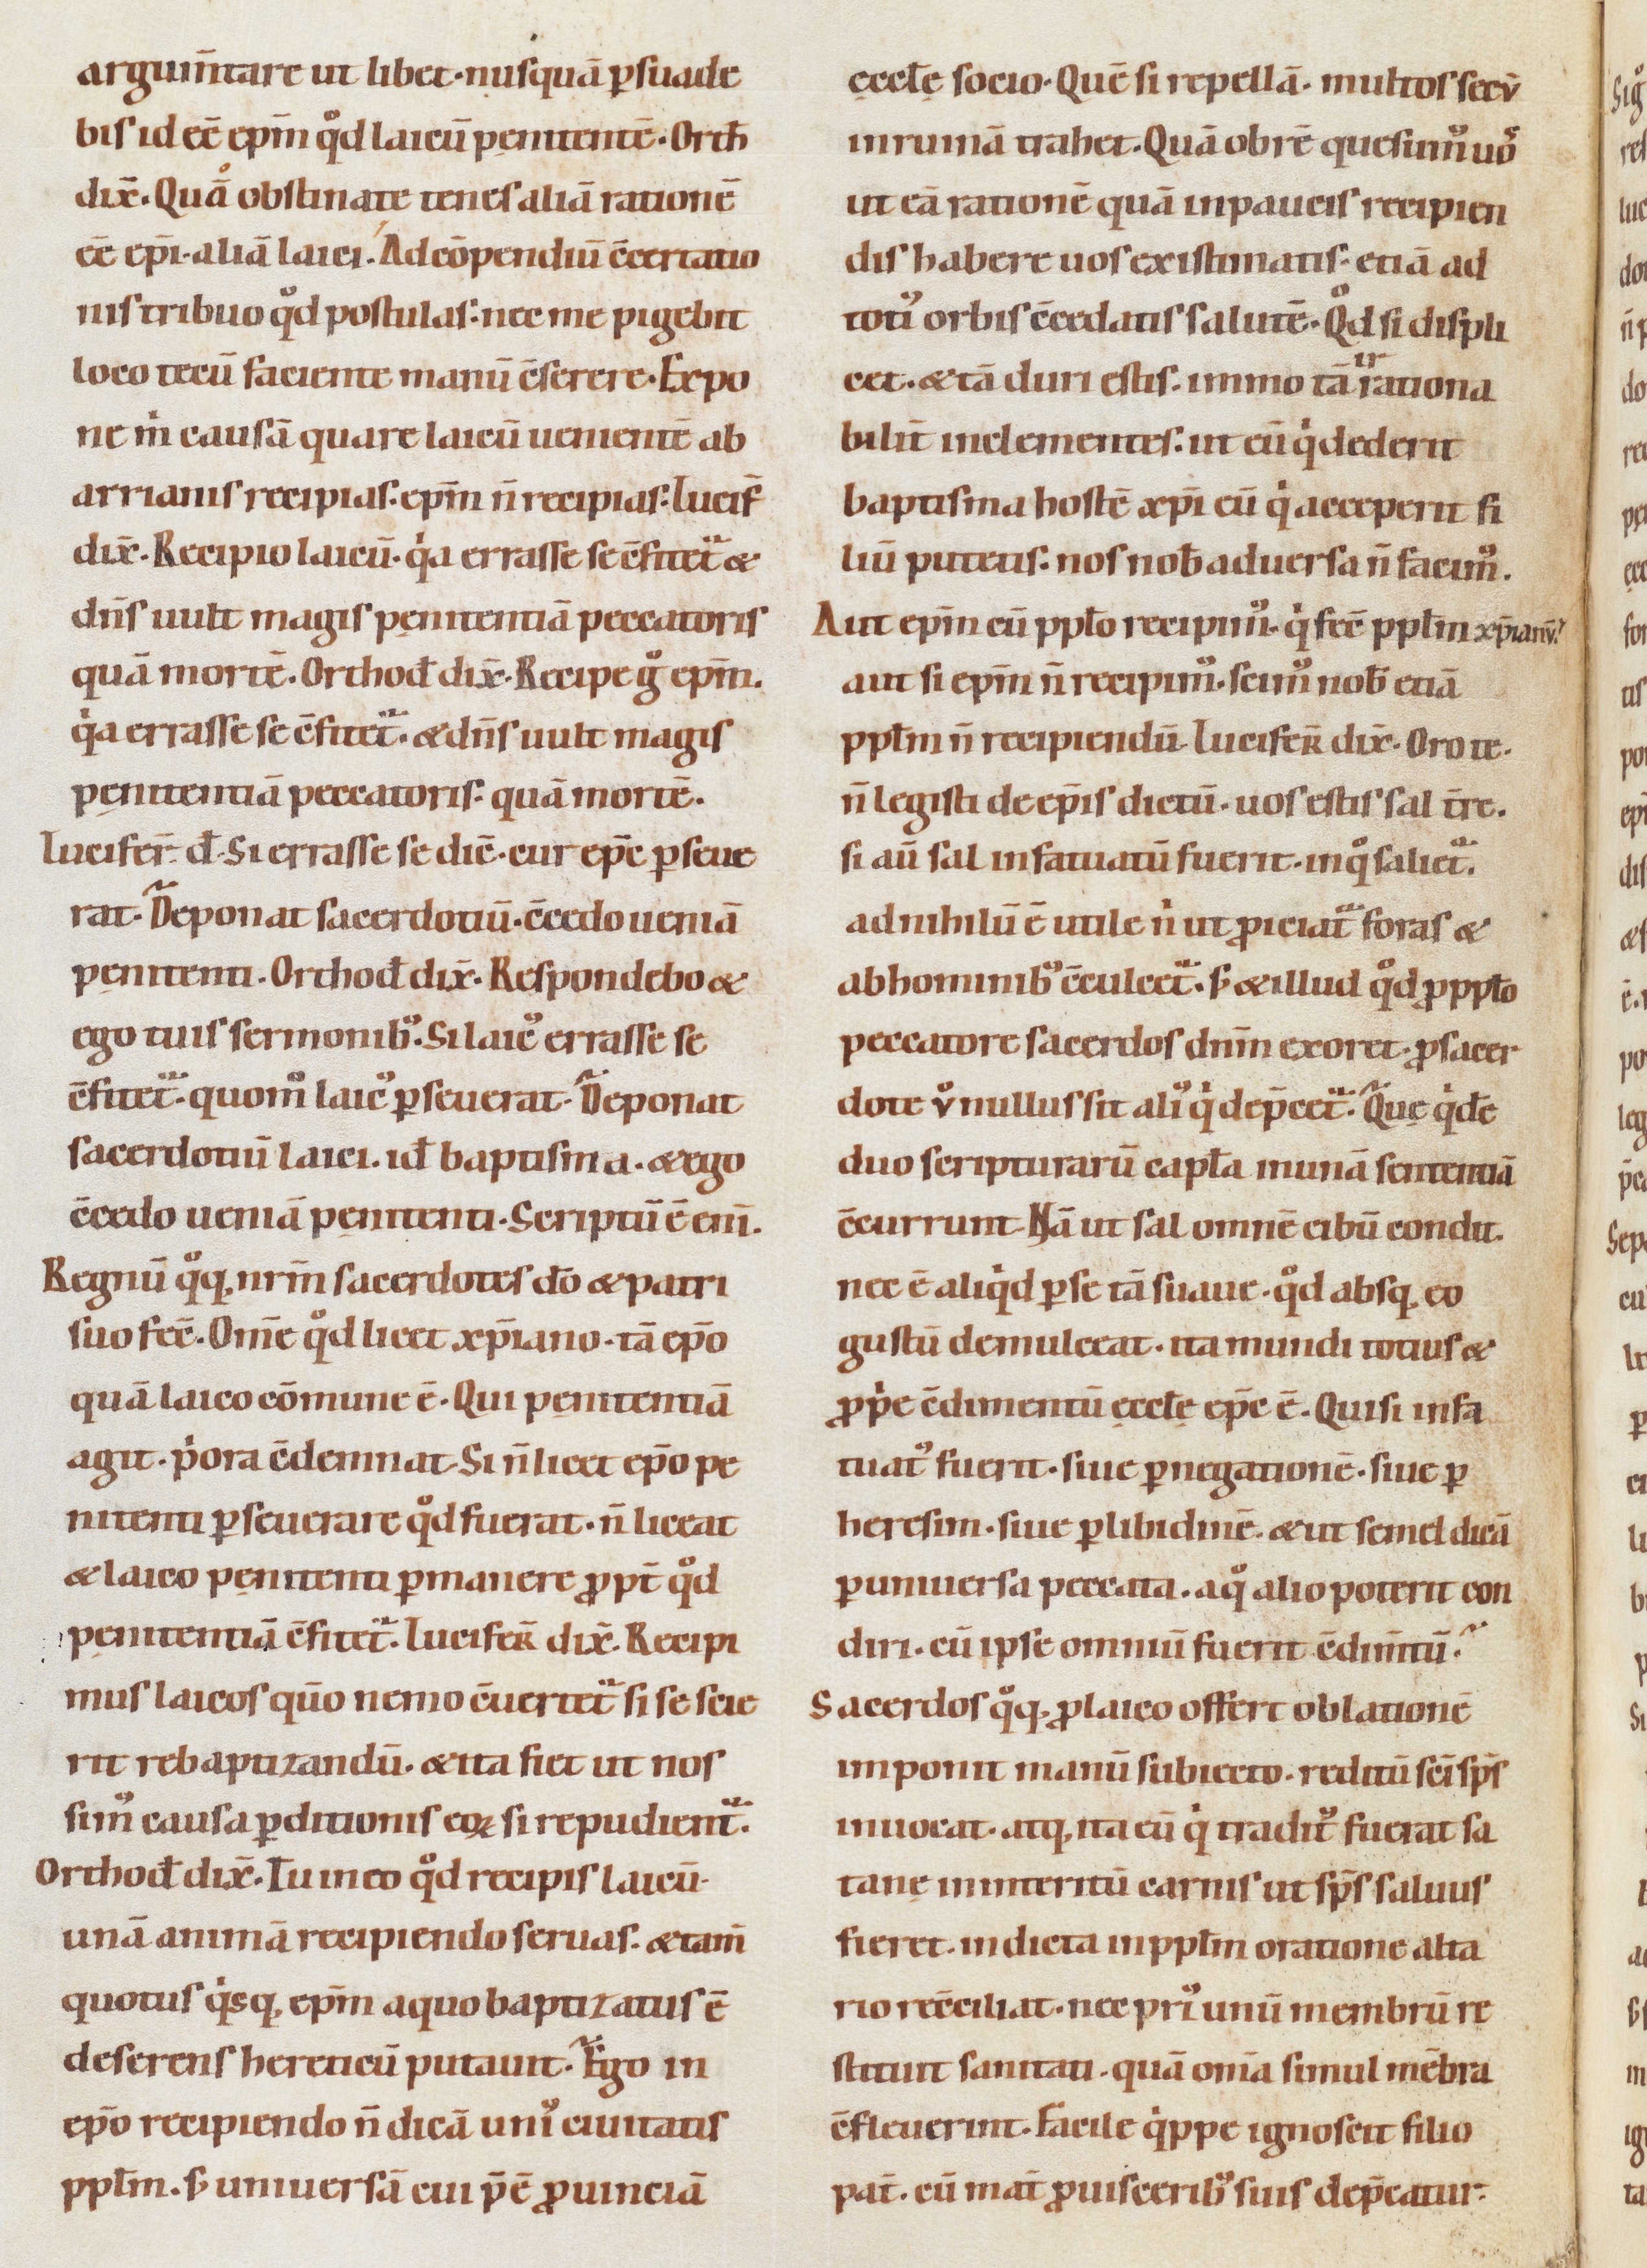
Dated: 1085–1115